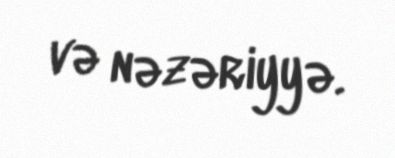
və nəzəriyyə.